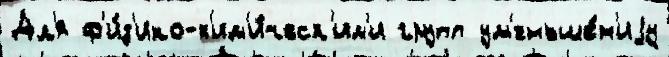
Дл'я ф'и́з'ико-х'им'и́ческ'им'и групп ум'еньше́н'иjу